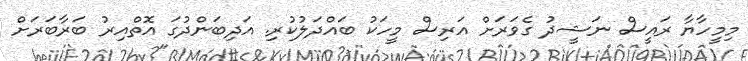
މިމީހާޔާ ރައީސް ނަޝީދު ގެވަރަށް އަރިސް މީހަކު ބައްދަލުކުރި. އަދިބަންދުގަ އޮތްއިރު ބަރާބަރަށް